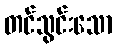
တင်သွင်းသော